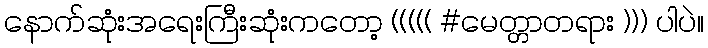
နောက်ဆုံးအရေးကြီးဆုံးကတော့ ((((( #မေတ္တာတရား ))) ပါပဲ။